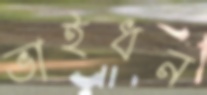
ভাইধন